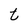
Character: t